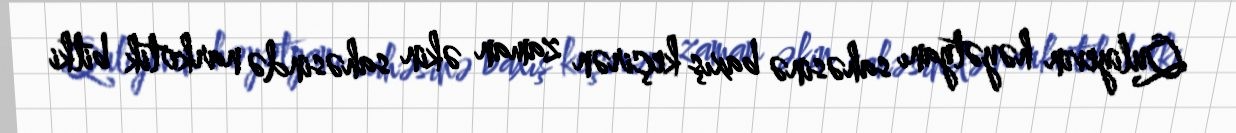
Quliyevin həyətyanı sahəsinə baxış keçirən zaman əkin sahəsində narkotik bitki